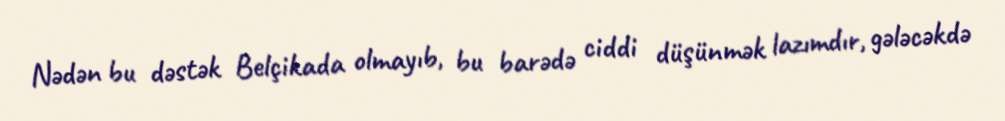
Nədən bu dəstək Belçikada olmayıb, bu barədə ciddi düşünmək lazımdır, gələcəkdə